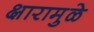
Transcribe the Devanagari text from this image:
क्षारामुळे